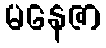
မနေဇာ